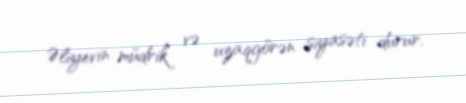
Əliyevin müdrik və uzaqgörən siyasəti durur.